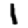
Digit: 1